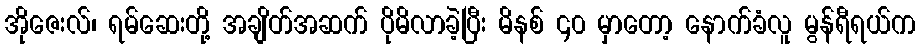
အိုဇေးလ်၊ ရမ်ဆေးတို့ အချိတ်အဆက် ပိုမိလာခဲ့ပြီး မိနစ် ၄၀ မှာတော့ နောက်ခံလူ မွန်ရီရယ်က